Veterinary regulations India, 1925 -
Year: 1925
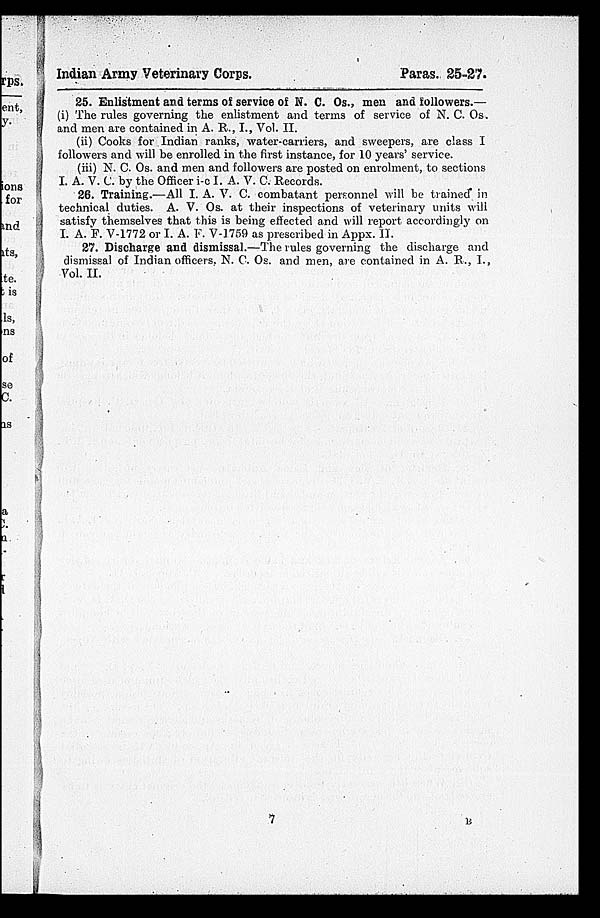
Indian Army Veterinary Corps.
Paras. 25-27.
25. Enlistment and terms of service of N. C. Os., men and followers.—
(i) The rules governing the enlistment and terms of service of N. C. Os.
and men are contained in A. R., I., Vol. II.
(ii) Cooks for Indian ranks, water-carriers, and sweepers, are class I
followers and will be enrolled in the first instance, for 10 years' service.
(iii) N. C. Os. and men and followers are posted on enrolment, to sections
I. A. V. C. by the Officer i-c I. A. V. C. Records.
26. Training.—All I. A. V. C. combatant personnel will be trained in
technical duties. A. V. Os. at their inspections of veterinary units will
satisfy themselves that this is being effected and will report accordingly on
I. A. F. V-1772 or I. A. F. V-1759 as prescribed in Appx. II.
27. Discharge and dismissal.—The rules governing the discharge and
dismissal of Indian officers, N. C. Os. and men, are contained in A. R., I.,
Vol. II.
7